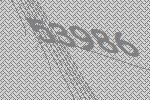
53986